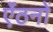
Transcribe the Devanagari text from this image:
ऐंठनों